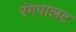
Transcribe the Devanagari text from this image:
रंगपालट